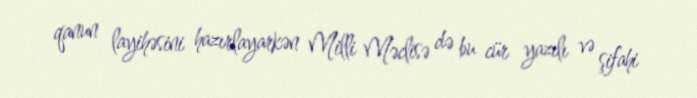
qanun layihəsini hazırlayarkən Milli Məclisə də bu cür yazılı və şifahi